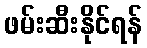
ဖမ်းဆီးနိုင်ရန်